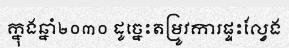
ក្នុងឆ្នាំ២០៣០ ដូច្នេះតម្រូវការផ្ទះល្វែង